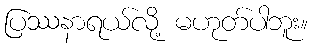
ပြဿနာရယ်လို့ မဟုတ်ပါဘူး။